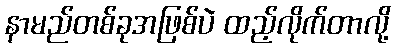
နာမည်တစ်ခုအဖြစ်ပဲ ထည့်လိုက်တာလို့